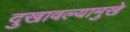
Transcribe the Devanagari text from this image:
दुखावल्यामुखे